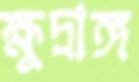
ক্ষুদ্রাঙ্গ